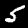
Label: 5